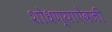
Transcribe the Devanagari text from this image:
शोधण्याऐवजी